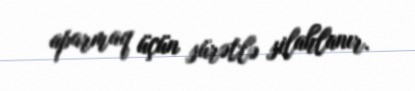
aparmaq üçün sürətlə silahlanır.